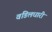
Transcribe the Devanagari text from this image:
वडिलधारी